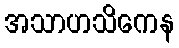
အသာဟသိကေန